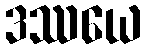
ဒဿယေ